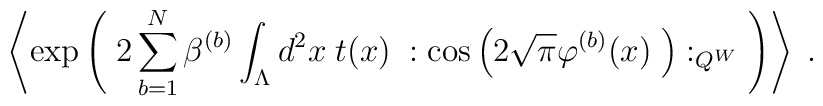
\left\langle \exp \left( \;  2 \sum_{b=1}^N \beta^{(b)} \int_{\Lambda} d^2x \;t(x)\; : \cos \left( 2 \sqrt{\pi} \varphi^{(b)}(x) \;\right) :_{Q^W} \; \right) \right\rangle \; .